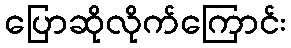
ပြောဆိုလိုက်ကြောင်း